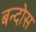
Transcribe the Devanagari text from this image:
बन्दोस